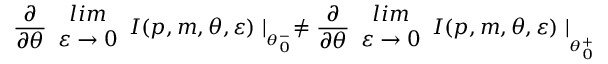
\frac { \partial } { \partial \theta } \begin{array} { c } { { l i m } } \\ { { \varepsilon \rightarrow 0 } } \end{array} I ( p , m , \theta , \varepsilon ) \mid _ { _ { \theta _ { 0 } ^ { - } } } \neq \frac { \partial } { \partial \theta } \begin{array} { c } { { l i m } } \\ { { \varepsilon \rightarrow 0 } } \end{array} I ( p , m , \theta , \varepsilon ) \mid _ { _ { _ { \theta _ { 0 } ^ { + } } } }